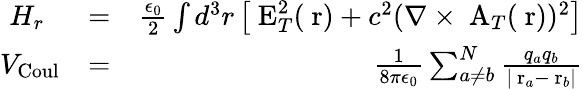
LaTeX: \begin{array}{rlr}{H_{r}\; \; }&{=}&{\frac{\epsilon_{0}}{2}\int d^{3}r\left[\mathrm{\mathbf~E}_{T}^{2}(\mathrm{\mathbf~r})+c^{2}(\nabla\times\mathrm{\mathbf~A}_{T}(\mathrm{\mathbf~r}))^{2}\right]}\\ {V_{\mathrm{Coul}}}&{=}&{\frac{1}{8\pi\epsilon_{0}}\sum_{a\ne b}^{N}\frac{q_{a}q_{b}}{|\mathrm{\mathbf~r}_{a}-\mathrm{\mathbf~r}_{b}|}}\end{array}